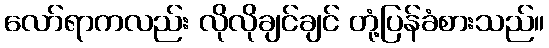
လော်ရာကလည်း လိုလိုချင်ချင် တုံ့ပြန်ခံစားသည်။